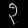
Digit: ၃